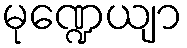
မုဏ္ဍေယျာ